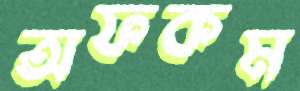
অফকম